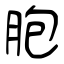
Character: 胞